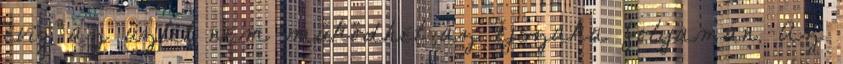
évig az üzlet nem működhet az éjszaka folyamán. Az